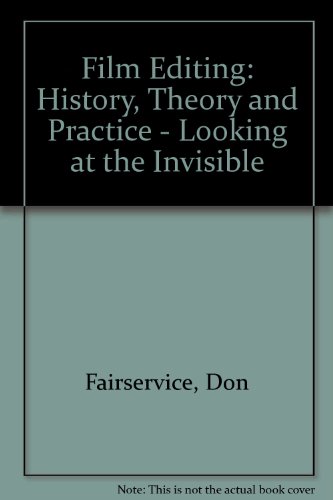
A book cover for Film Editing: History, Theory and Practice: Looking at the Invisible; Don Fairservice; Arts & Photography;